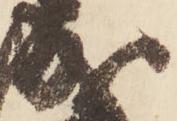
成